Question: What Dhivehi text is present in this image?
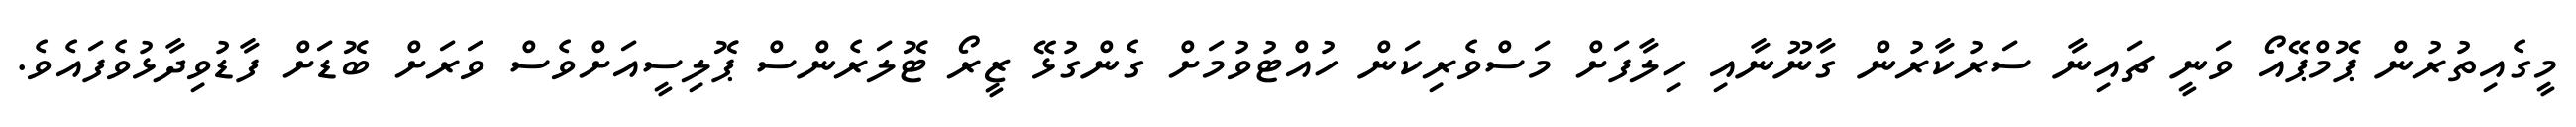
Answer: މީގެއިތުރުން ޕޮމްޕޭއޯ ވަނީ ޗައިނާ ސަރުކާރުން ގާނޫނާއި ހިލާފަށް މަސްވެރިކަން ހުއްޓުވުމަށް ގެންގުޅޭ ޒީރޯ ޓޮލަރެންސް ޕޮލިސީއަށްވެސް ވަރަށް ބޮޑަށް ފާޑުވިދާޅުވެފައެވެ.